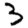
Digit: 3